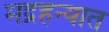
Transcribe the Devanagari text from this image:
मद्रहन्यात